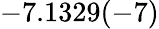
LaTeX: -7.1329(-7)